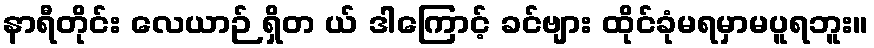
နာရီတိုင်း လေယာဉ် ရှိတ ယ် ဒါကြောင့် ခင်ဗျား ထိုင်ခုံမရမှာမပူရဘူး။